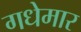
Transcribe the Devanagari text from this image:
गधेमार